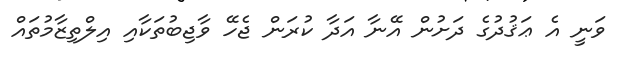
ވަނީ އެ ޢަޤުދުގެ ދަށުން އޭނާ އަދާ ކުރަން ޖެހޭ ވާޖިބުތަކާއި އިލްތިޒާމުތައް